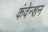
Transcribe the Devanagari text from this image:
कंवेन्शन